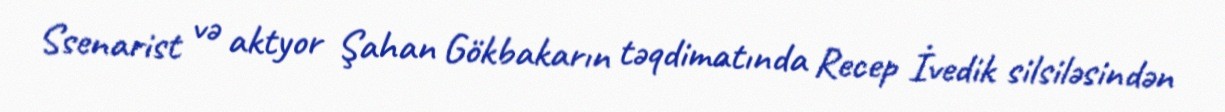
Ssenarist və aktyor Şahan Gökbakarın təqdimatında Recep İvedik silsiləsindən